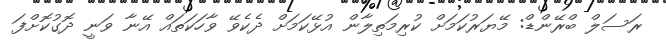
ރަސަލް ބްރޭންޑް: މޭޔަރުކަމަށް ކުރިމަތިލާން އުޅޭކަމަށް ދެކެވޭ ވާހަކަތައް އޭނާ ވަނީ ދޮގުކޮށްފަ